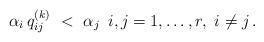
LaTeX: \begin{align*}\alpha_i \, q^{(k)}_{ij} \ < \ \alpha_j \ \, i, j = 1, \ldots , r, \ i \ne j\, .\end{align*}